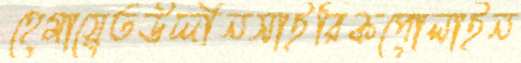
হেমায়েতউদ্দীনসাইরিকপোলাইন